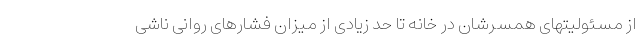
از مسئولیتهای همسرشان در خانه تا حد زیادی از میزان فشارهای روانی ناشی